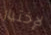
لإختيار